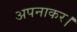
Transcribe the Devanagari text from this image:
अपनाकर।